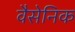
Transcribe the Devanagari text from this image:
वैसेनिक